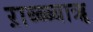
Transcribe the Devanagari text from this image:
ऱाब्ब्ब्बाॠ